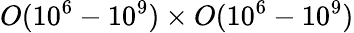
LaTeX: \textit{O}(10^{6}-10^{9})\times\textit{O}(10^{6}-10^{9})